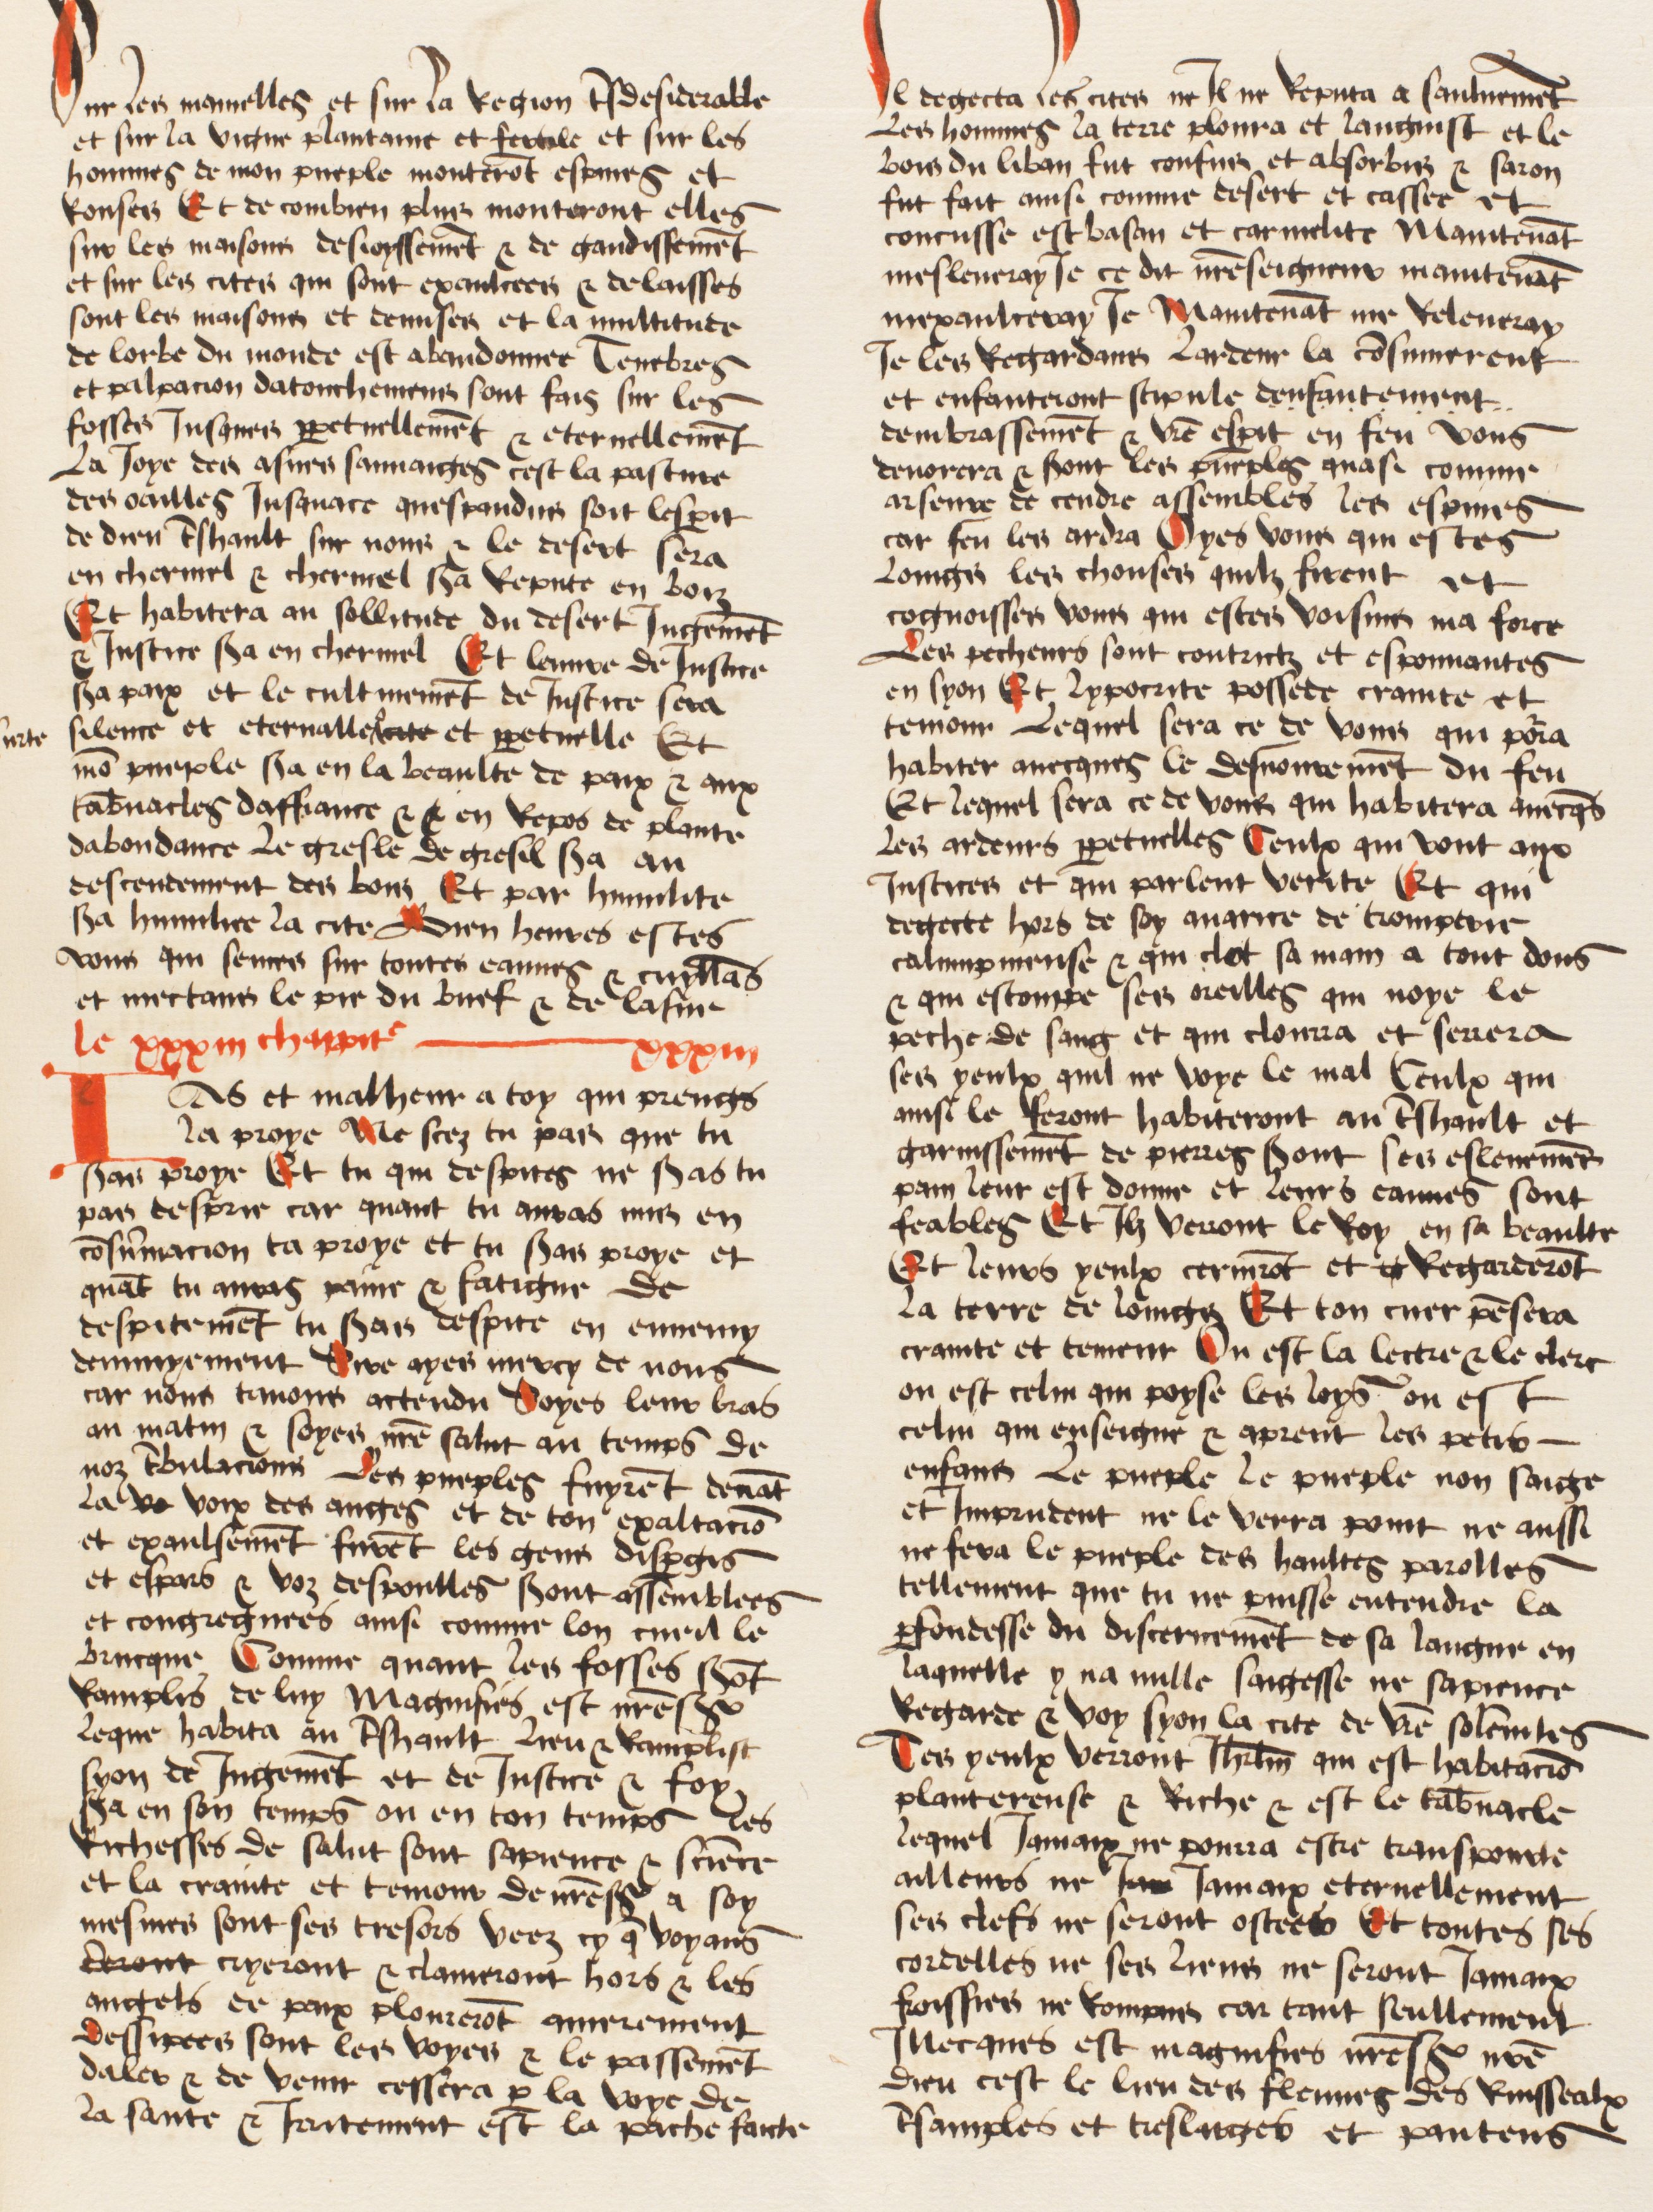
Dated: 1474–1474